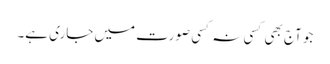
جو آج بھی کسی نہ کسی صورت میں جاری ہے۔